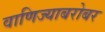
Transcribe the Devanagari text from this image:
वाणिज्याबरोबर